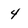
Character: 4